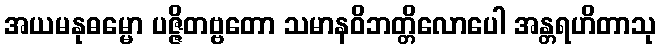
အယမနုဓမ္မော ပဇ္ဇိတဗ္ဗတော သမာနဝိဘတ္တိလောပေါ အန္တရဟိတာသု